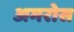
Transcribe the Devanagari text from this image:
अमरोस